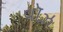
વૉઝ